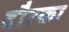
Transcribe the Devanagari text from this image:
दौरका